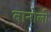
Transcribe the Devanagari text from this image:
बानोली